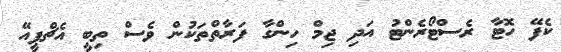
ކެފޭ ހޮޓާ ރެސްޓޯރެންޓު އަދި ޖިމް ހިންގާ ފަރާތްތަކުން ވެސް ތިބީ އެޗްޕީއޭ